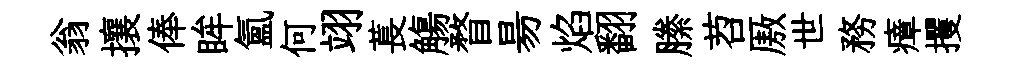
翁攘俸眸氲何翊萇觴瞀昜焰翻縢苕厫世務瘴攫